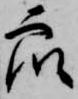
衆